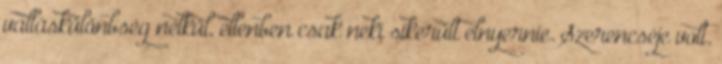
valláskülönbség nélkül, ellenben csak neki sikerült elnyernie. Szerencséje volt.